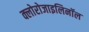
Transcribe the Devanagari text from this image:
क्लोरोजाइलिनॉल